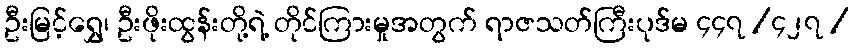
ဦးမြင့်ရွှေ၊ ဦးဖိုးထွန်းတို့ရဲ့ တိုင်ကြားမှုအတွက် ရာဇသတ်ကြီးပုဒ်မ ၄၄၇ /၄၂၇ /